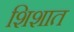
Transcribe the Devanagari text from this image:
शिशात